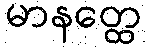
မာနတ္ထေ